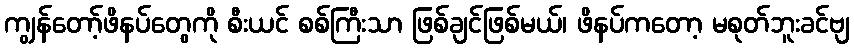
ကျွန်တော့်ဖိနပ်တွေကို စီးယင် စစ်ကြီးသာ ဖြစ်ချင်ဖြစ်မယ်၊ ဖိနပ်ကတော့ မစုတ်ဘူးခင်ဗျ